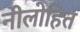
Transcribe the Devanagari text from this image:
नीलोहित